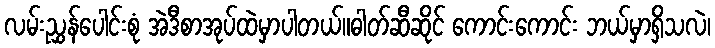
လမ်းညွှန်ပေါင်းစုံ အဲဒီစာအုပ်ထဲမှာပါတယ်။ဓါတ်ဆီဆိုင် ကောင်းကောင်း ဘယ်မှာရှိသလဲ၊